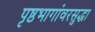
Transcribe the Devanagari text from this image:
पृष्ठभागांवरसुद्धा